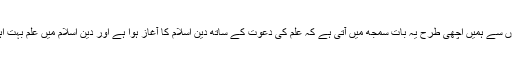
مندرجہ بالا آیتوں سے ہمیں اچھی طرح یہ بات سمجھ میں آتی ہے کہ علم کی دعوت کے ساتھ دین اسلام کا آغاز ہوا ہے اور دین اسلام میں علم بہت اہمیت رکھتا ہے۔